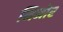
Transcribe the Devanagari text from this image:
मिनोर